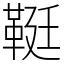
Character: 䩠